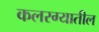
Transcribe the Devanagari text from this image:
कलरग्यातील